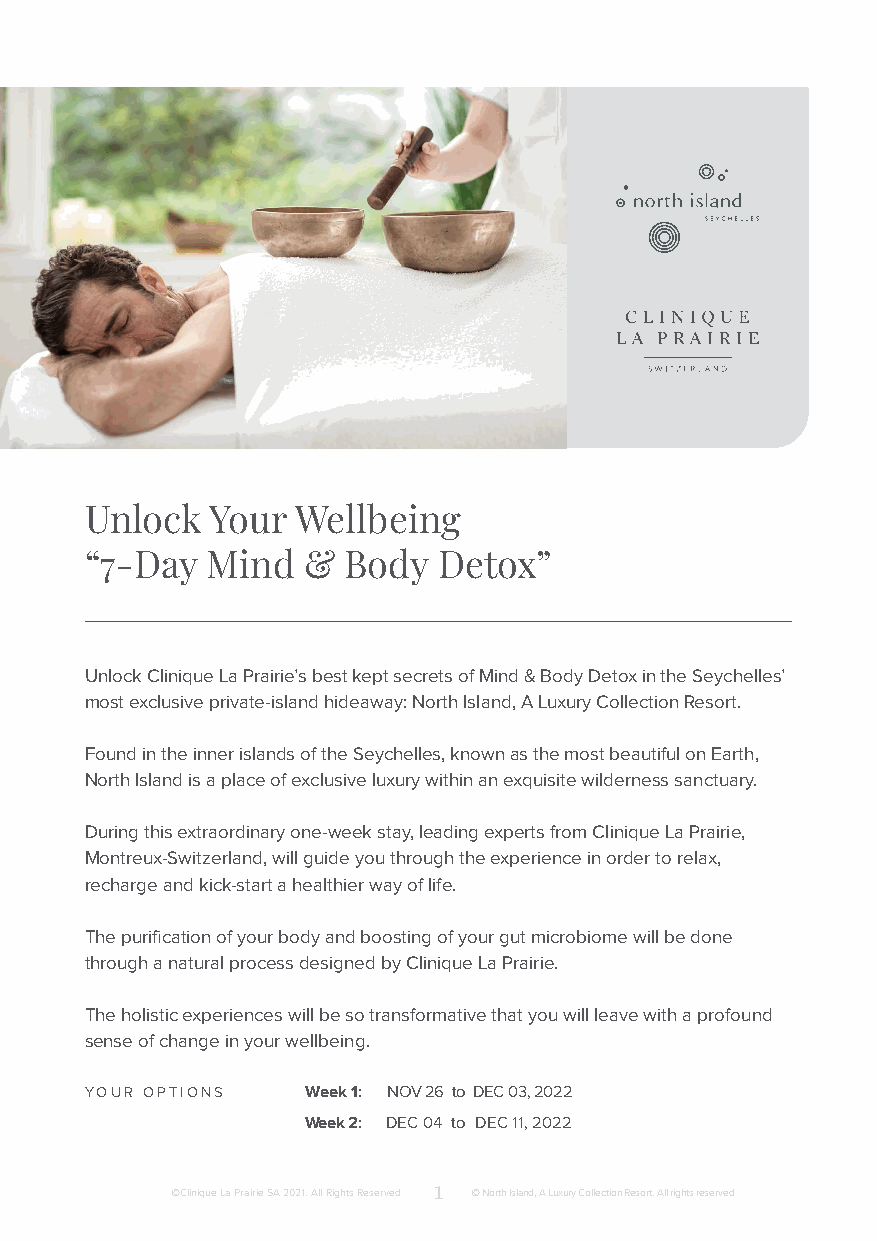
Unlock  Your  Wellbeing
 “7-Day  Mind  &  Body  Detox”
 Unlock Clinique La Prairie’s best kept secrets of Mind & Body Detox in the Seychelles’
 most exclusive private-island hideaway: North Island, A Luxury Collection Resort.
 Found in the inner islands of the Seychelles, known as the most beautiful on Earth,
 North Island is a place of exclusive luxury within an exquisite wilderness sanctuary.
 During this extraordinary one-week stay, leading experts from Clinique La Prairie,
 Montreux-Switzerland, will guide you through the experience in order to relax,
 recharge and kick-start a healthier way of life.
 The purification of your body and boosting of your gut microbiome will be done
 through a natural process designed by Clinique La Prairie.
 The holistic experiences will be so transformative that you will leave with a profound
 sense of change in your wellbeing.
 YOUR OPTIONS  Week 1: NOV 26 to DEC 03, 2022
 Week 2: DEC 04 to DEC 11, 2022
 1
 ©Clinique La Prairie SA 2021. All Rights Reserved © North Island, A Luxury Collection Resort. All rights reserved